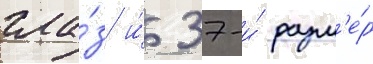
гла́з и́ 37-и́ разм'е́р